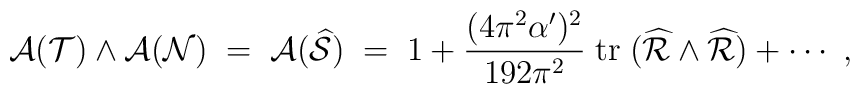
{ {\cal A}}({\cal T})\wedge  { {\cal A}}({\cal N})\; = \;{ {\cal A}}({\widehat{ \cal S}})\; =\; 1 +{(4\pi^2\alpha^\prime)^2\over 192\pi^2}\; {\rm tr}\; ({\widehat {\cal R}}\wedge {\widehat {\cal R}}) + \cdots \ ,